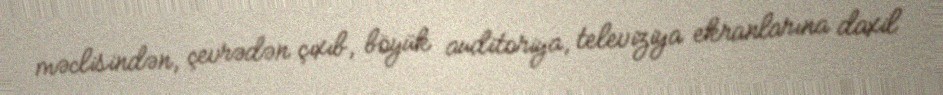
məclisindən, çevrədən çıxıb, böyük auditoriya, televiziya ekranlarına daxil